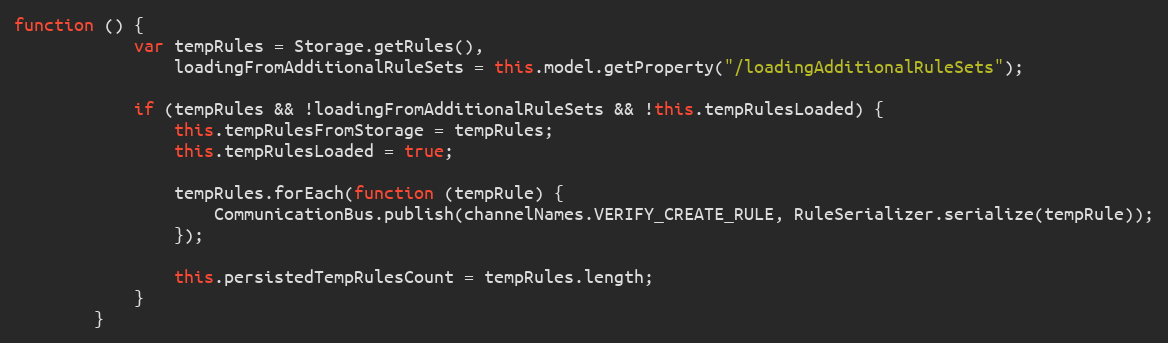
Language: JavaScript
function () {
			var tempRules = Storage.getRules(),
				loadingFromAdditionalRuleSets = this.model.getProperty("/loadingAdditionalRuleSets");

			if (tempRules && !loadingFromAdditionalRuleSets && !this.tempRulesLoaded) {
				this.tempRulesFromStorage = tempRules;
				this.tempRulesLoaded = true;

				tempRules.forEach(function (tempRule) {
					CommunicationBus.publish(channelNames.VERIFY_CREATE_RULE, RuleSerializer.serialize(tempRule));
				});

				this.persistedTempRulesCount = tempRules.length;
			}
		}